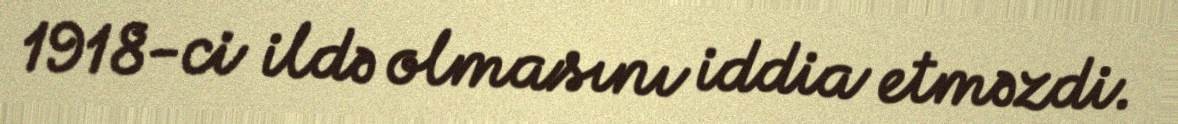
1918-ci ildə olmasını iddia etməzdi.